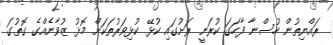
ރައްޔިތުން ހުސްނާ ފާހަގަ ކުރަނީ ރަށުގައި ކުޅޭ ކުޅިވަރުތަކަށް މޮޅު ޒުވާނެއްގެ ގޮތުގަ